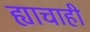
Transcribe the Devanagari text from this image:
ह्याचाही